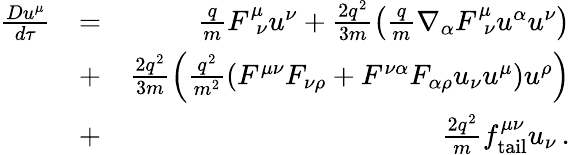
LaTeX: \begin{array}{rlr}{\frac{Du^{\mu}}{d\tau}}&{=}&{\frac{q}{m}F_{\ \ \nu}^{\mu}u^{\nu}+\frac{2q^{2}}{3m}\left(\frac{q}{m}\nabla_{\alpha}F_{\ \ \nu}^{\mu}u^{\alpha}u^{\nu}\right)}\\ &{+}&{\frac{2q^{2}}{3m}\left(\frac{q^{2}}{m^{2}}\left(F^{\mu\nu}F_{\nu\rho}+F^{\nu\alpha}F_{\alpha\rho}u_{\nu}u^{\mu}\right)u^{\rho}\right)}\\ &{+}&{\frac{2q^{2}}{m}f_{\mathrm{tail}}^{\mu\nu}u_{\nu}\, .}\end{array}